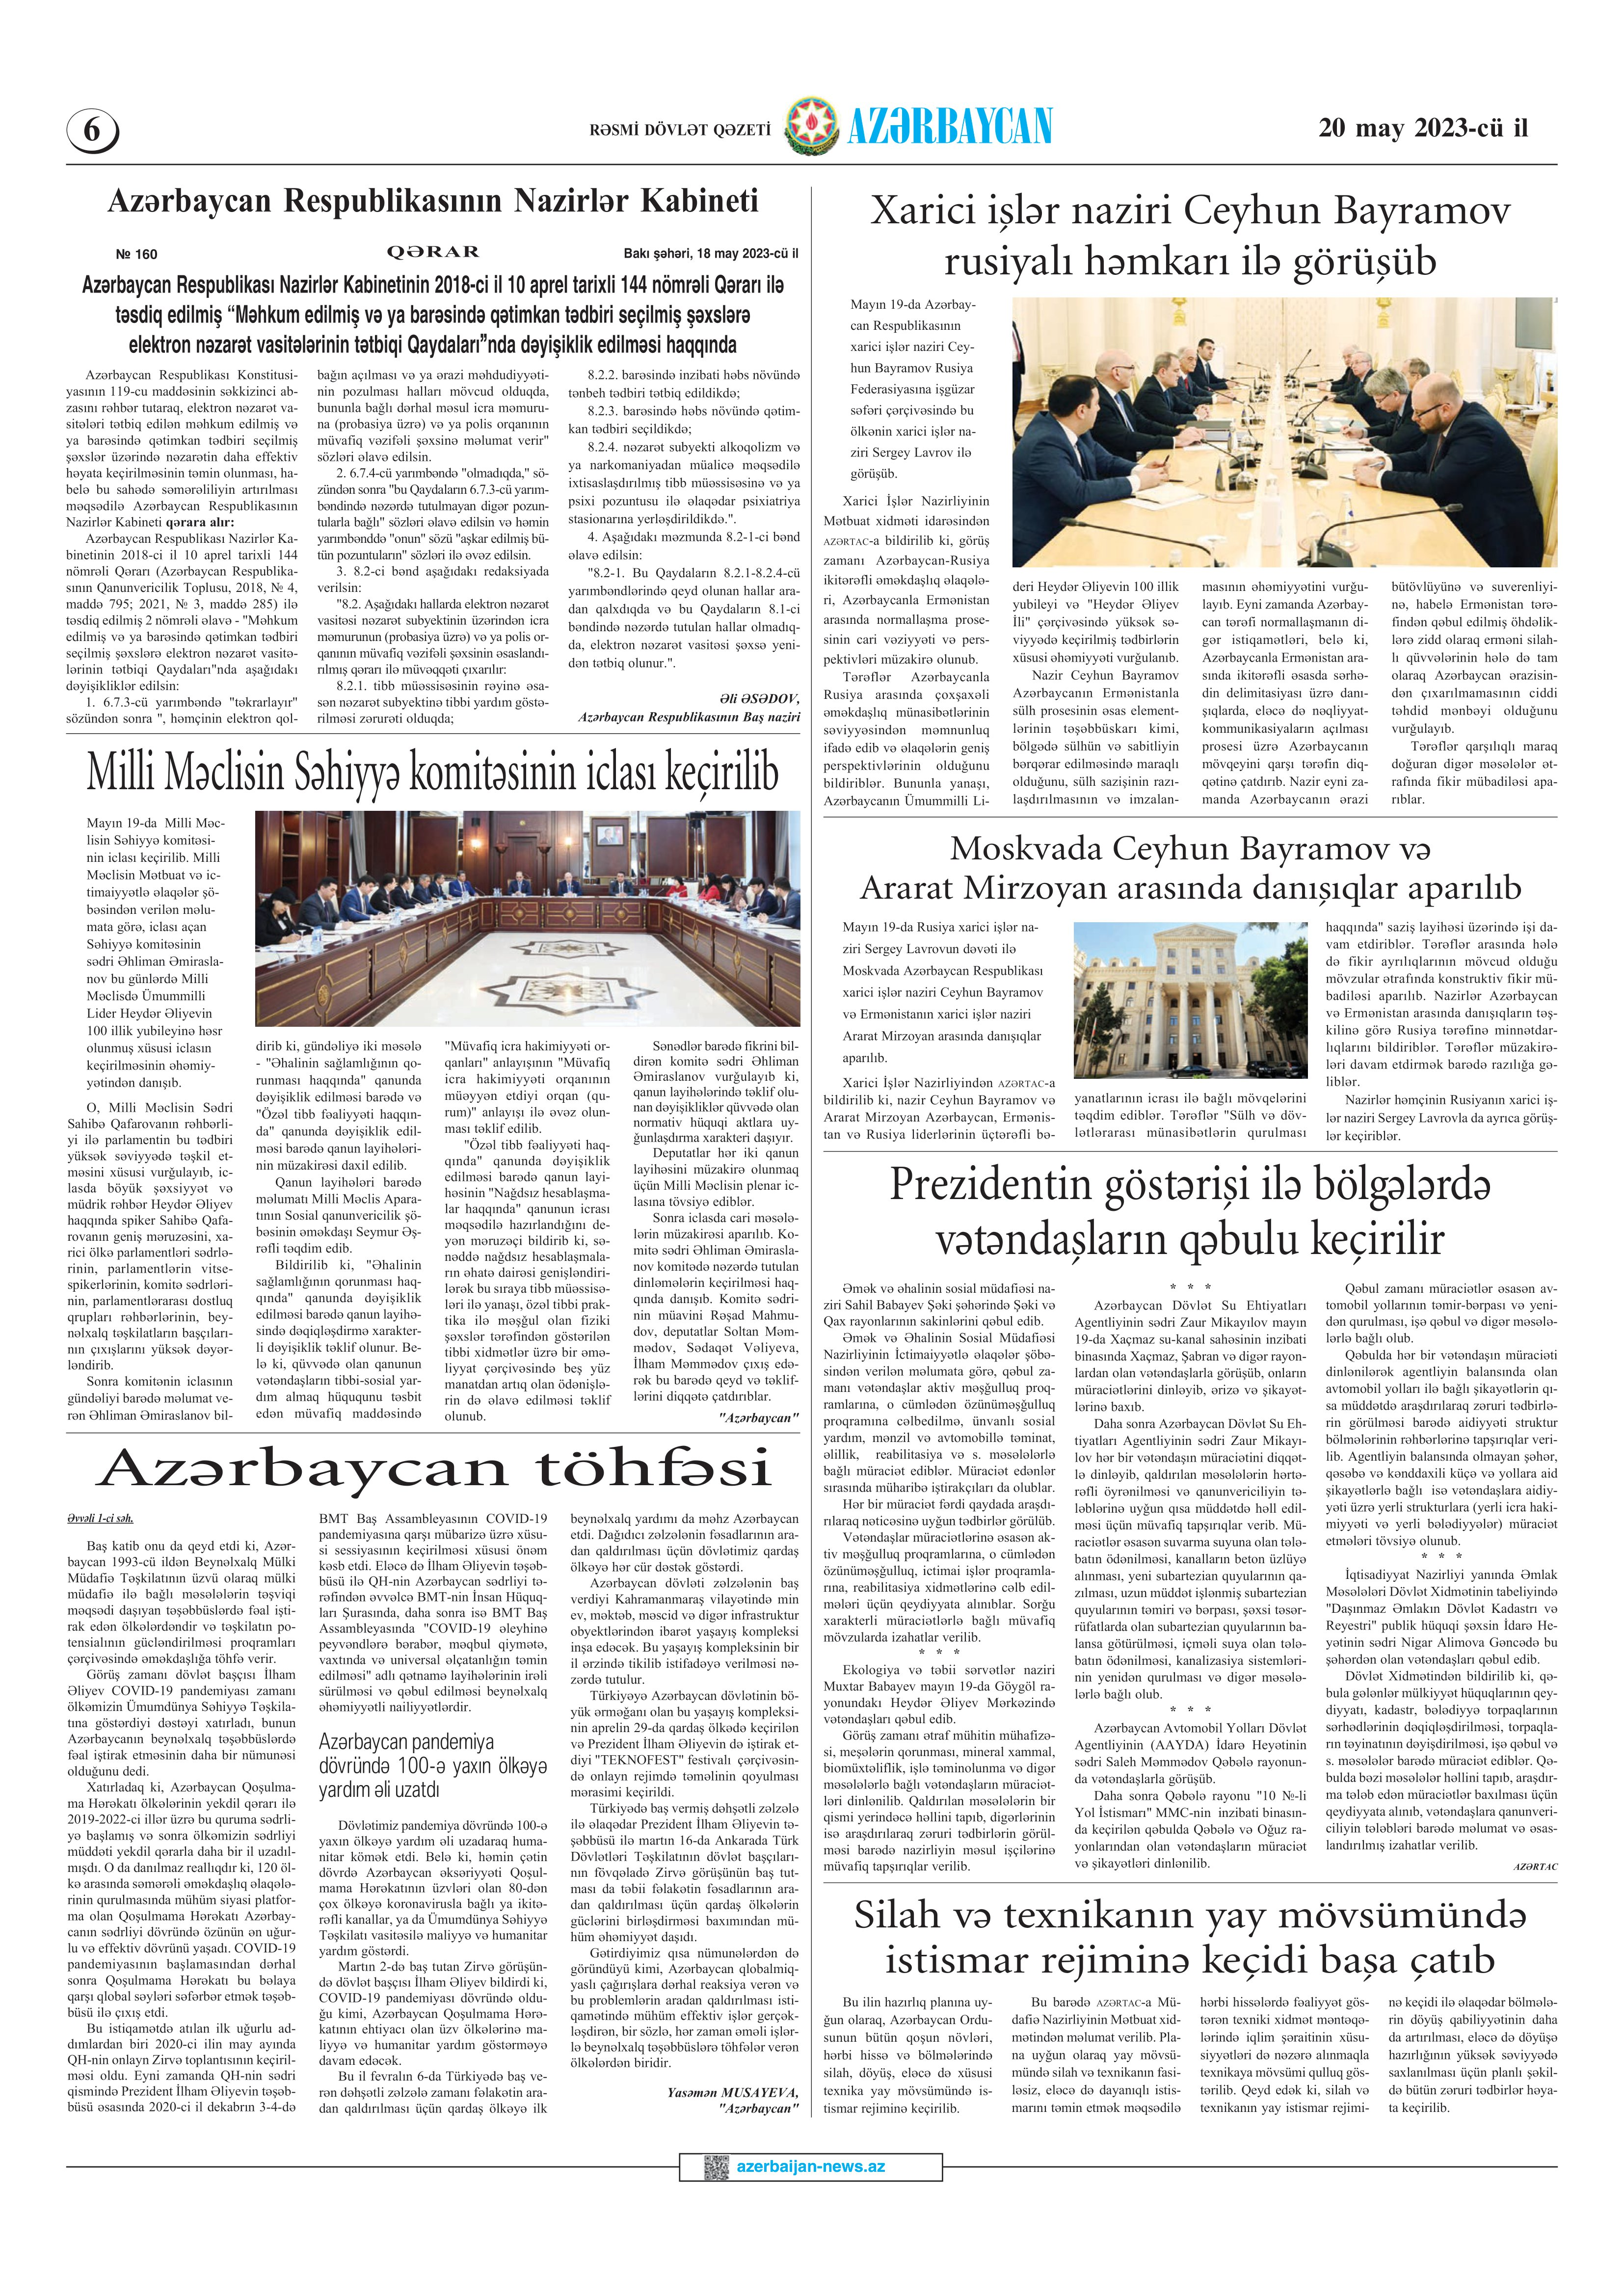
Language: az